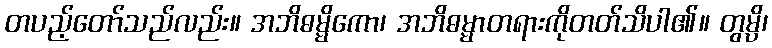
တပည့်တော်သည်လည်း။ အဘိဓမ္မိကော၊ အဘိဓမ္မာတရားကိုတတ်သိပါ၏။ တွမ္ပိ၊